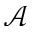
\mathcal { A }